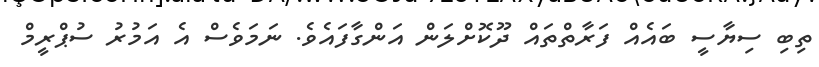
ތިބި ސިޔާސީ ބައެއް ފަރާތްތައް ދޫކޮށްލަން އަންގާފައެވެ. ނަމަވެސް އެ އަމުރު ސުޕްރީމް